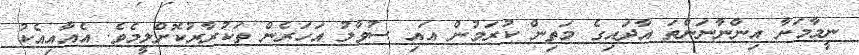
ނީމާމަށާ އިންނާނަންތަ އާދައިގެ މަތިން ކުރަމުން އައި ސުވާލު އަހަރެން ތަކުރާރުކޮށްލީމެވެ. އެއާއިއެކު